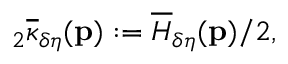
{ } _ { 2 } \overline { { \kappa } } _ { \delta \eta } ( \mathbf { p } ) : = \overline { { H } } _ { \delta \eta } ( \mathbf { p } ) / 2 ,